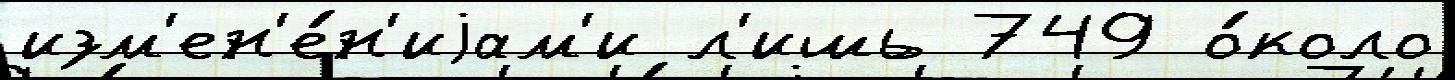
изм'ен'е́н'иjам'и л'ишь 749 о́коло